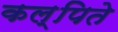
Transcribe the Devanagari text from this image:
कल्पिते